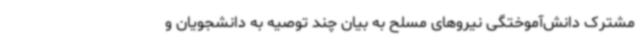
مشترک دانش‌آموختگی نیروهای مسلح به بیان چند توصیه به دانشجویان و